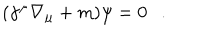
LaTeX: ( \gamma ^ { \mu } \nabla _ { \mu } + m ) \psi = 0 .